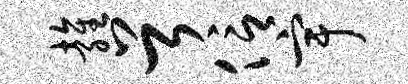
雍首信宇